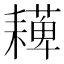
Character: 𦔠